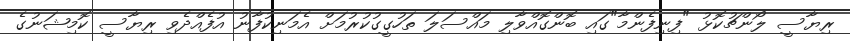
ރިޔާސީ ލޯންޗުކޮޅު "ފިނިފެންމާ"ގައި ބޮންގޮއްވާލި މައްސަލަ ތަހުގީގުކުރުމަށް އެމަނިކުފާނު އުފެއްދެވި ރިޔާސީ ކޮމިޝަނުގެ